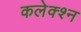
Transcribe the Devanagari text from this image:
कलेक्श्न